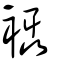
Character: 襵